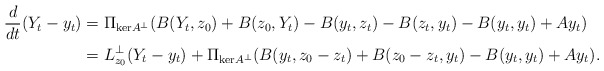
\begin{align*}\frac{d}{dt}(Y_t - y_t) &= \Pi_{\mathrm{ker}A^\perp}(B(Y_t,z_0) + B(z_0,Y_t) - B(y_t,z_t) - B(z_t,y_t) - B(y_t,y_t) + Ay_t) \\ & = L_{z_0}^{\perp}(Y_t-y_t) + \Pi_{\mathrm{ker}A^\perp}(B(y_t,z_0-z_t) + B(z_0-z_t,y_t) - B(y_t,y_t) + Ay_t).\end{align*}